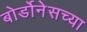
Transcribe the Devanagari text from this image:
बोर्डोनेसच्या